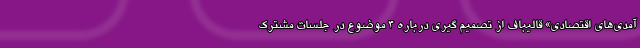
آمدی‌های اقتصادی» قالیباف از تصمیم گیری درباره 4 موضوع در جلسات مشترک